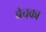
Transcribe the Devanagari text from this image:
बेचका